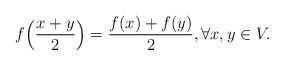
\begin{align*}f\Big(\frac{x+y}2\Big) = \frac{f(x) + f(y)}2, \forall x,y \in V.\end{align*}